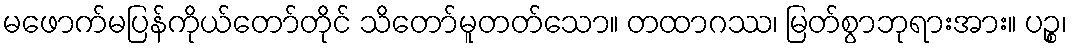
မဖောက်မပြန်ကိုယ်တော်တိုင် သိတော်မူတတ်သော။ တထာဂဿ၊ မြတ်စွာဘုရားအား။ ပဉ္စ၊